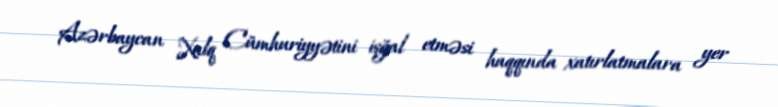
Azərbaycan Xalq Cümhuriyyətini işğal etməsi haqqında xatırlatmalara yer